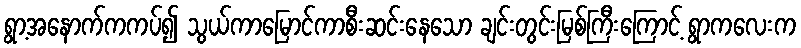
ရွာ့အနောက်ကကပ်၍ သွယ်ကာမြောင်ကာစီးဆင်းနေသော ချင်းတွင်းမြစ်ကြီးကြောင့် ရွာကလေးက